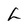
Character: L